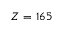
Z = 1 6 5